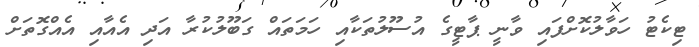
ޓިކެޓު ހަވާލުކޮށްފައި ވާނީ ޕާޓީގެ އުސޫލުތަކާއި ހަމަތައް ގަބޫލުކުރާ އަދި އެއާއި އެއްގޮތަށް